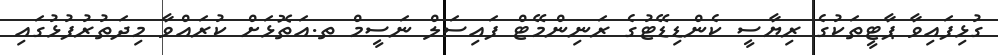
ގުޅިފައިވާ ޕާޓީތަކުގެ ރިޔާސީ ކެންޑިޑޭޓުގެ ރަނިންމޭޓް ފައިސަލް ނަސީމް ތ.އަތޮޅަށް ކުރައްވާ މިދަތުރުފުޅުގައި